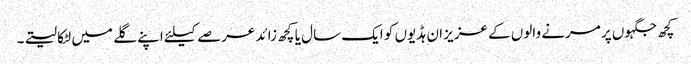
کچھ جگہوں پر مرنے والوں کے عزیز ان ہڈیوں کو ایک سال یا کچھ زائد عرصے کیلئے اپنے گلے میں لٹکا لیتے۔